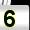
Digit: 5